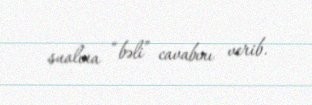
sualına “bəli” cavabını verib.